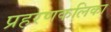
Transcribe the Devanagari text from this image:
प्रहरणकलिका